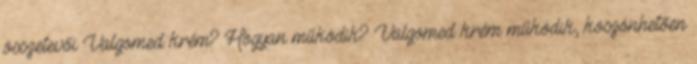
összetevői Valgomed krém? Hogyan működik? Valgomed krém működik, köszönhetően